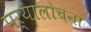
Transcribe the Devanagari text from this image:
पर्यालोचना